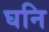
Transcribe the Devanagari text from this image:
घनि